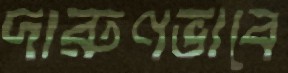
দারুণভাবে